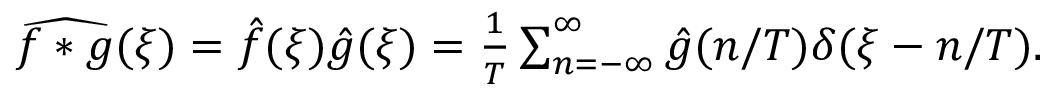
\begin{array} { r } { \widehat { f * g } ( \xi ) = \hat { f } ( \xi ) \hat { g } ( \xi ) = \frac { 1 } { T } \sum _ { n = - \infty } ^ { \infty } \hat { g } ( n / T ) \delta ( \xi - n / T ) . } \end{array}